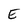
Character: E